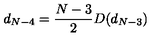
d _ { N - 4 } = \frac { N - 3 } { 2 } D ( d _ { N - 3 } )